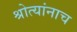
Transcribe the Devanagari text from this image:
श्रोत्यांनाच